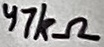
Text: 47kΩ